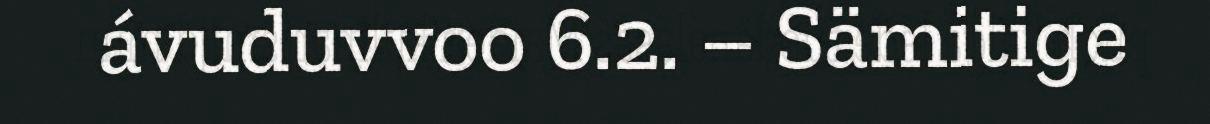
ávuduvvoo 6.2. – Sämitige